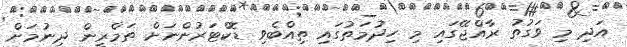
އަދި މި ވަގުތު ރާއްޖޭގައި މި ހިދުމަތުގައި ތިއްބެވި ޑޮކްޓަރުންނަށް ތަމްރީން ދިނުމަށް